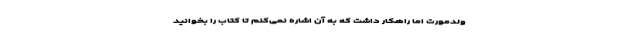
ولدمورت اما راهکار داشت که به آن اشاره نمی‌کنم تا کتاب را بخوانید